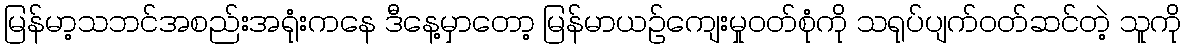
မြန်မာ့သဘင်အစည်းအရုံးကနေ ဒီနေ့မှာတော့ မြန်မာယဉ်ကျေးမှုဝတ်စုံကို သရုပ်ပျက်ဝတ်ဆင်တဲ့ သူကို